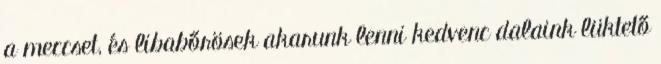
a meccset, és libabőrösek akarunk lenni kedvenc dalaink lüktető